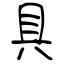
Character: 具